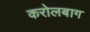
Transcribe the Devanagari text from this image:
करोलबाग